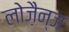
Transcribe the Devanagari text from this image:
लोज़ैन्ज